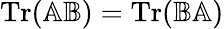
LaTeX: \operatorname{Tr}(\mathbb{A}\mathbb{B})=\operatorname{Tr}(\mathbb{B}\mathbb{A})